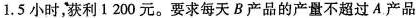
1.5小时，获利1200元。要求每天B产品的产量不超过A产品